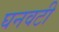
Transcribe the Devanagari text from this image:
घनवटी